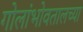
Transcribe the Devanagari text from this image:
गोलांभोवतालच्या